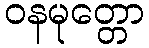
ဝနမုတ္တော